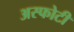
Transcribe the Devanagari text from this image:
अस्फोटी